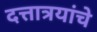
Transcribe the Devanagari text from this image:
दत्तात्रयांचे